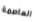
العاصمة